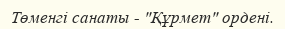
Төменгі санаты - "Құрмет" ордені.